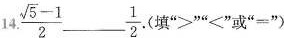
14. $$\frac { \sqrt { 5 } - 1 }{ 2 }$$ ___ $$\frac{ 1 } { 2 }$$. （填 “>”“<”或“=”)